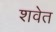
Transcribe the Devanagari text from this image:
शवेत